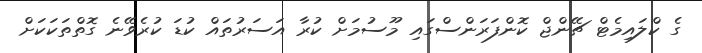
ގެ ކްލައިމެޓް ޗޭންޖް ކޮންފަރަންސްގައި މޫސުމަށް ކުރާ އަސަރުތައް ކުޑަ ކުރެވޭނެ ގޮތްތަކަކަށް